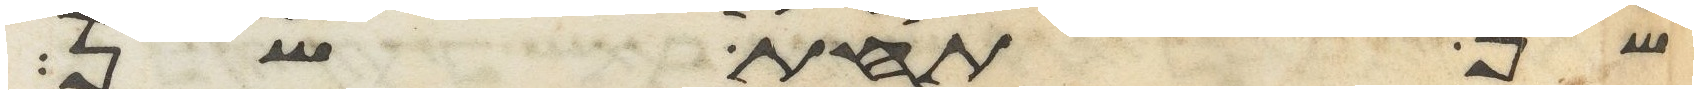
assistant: שן תחת שן